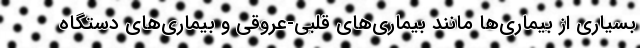
بسیاری از بیماری‌ها مانند بیماری‌های قلبی-عروقی و بیماری‌های دستگاه